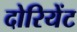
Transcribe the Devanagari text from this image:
दोरियेंट